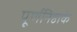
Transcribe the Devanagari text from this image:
पूर्णनिष्ठाके